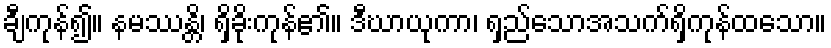
ချီကုန်၍။ နမဿန္တိ၊ ရှိခိုးကုန်၏။ ဒီဃာယုကာ၊ ရှည်သောအသက်ရှိကုန်ထသော။